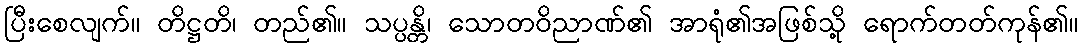
ပြီးစေလျက်။ တိဋ္ဌတိ၊ တည်၏။ သပ္ပန္တိ၊ သောတဝိညာဏ်၏ အာရုံ၏အဖြစ်သို့ ရောက်တတ်ကုန်၏။